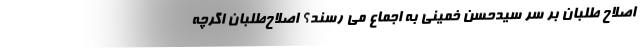
اصلاح طلبان بر سر سیدحسن خمینی به اجماع می رسند؟ اصلاح‌طلبان اگرچه